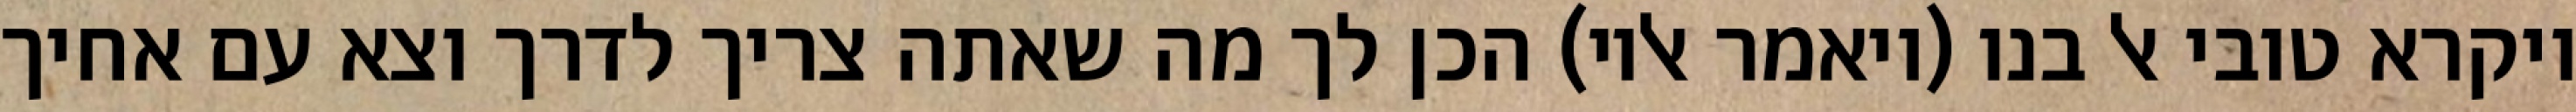
ויקרא טובי אל בנו (ויאמר אליו) הכן לך מה שאתה צריך לדרך וצא עם אחיך